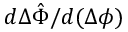
d \Delta \hat { \Phi } / d ( \Delta \phi )